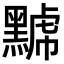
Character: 𪑷